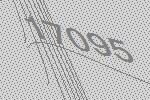
17095